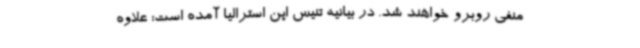
منفی روبرو خواهند شد. در بیانیه تنیس اپن استرالیا آمده است: علاوه